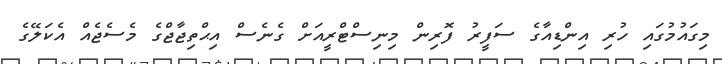
މިގައުމުގައި ހުރި އިންޑިއާގެ ސަފީރު ފޮރިން މިނިސްޓްރީއަށް ގެނެސް އިޙްތިޖާޖްގެ މެސެޖެއް އެކަލޭގެ